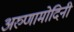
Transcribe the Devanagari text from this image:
अरुणामोदिनी